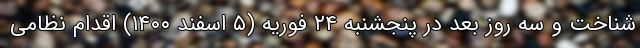
شناخت و سه روز بعد در پنجشنبه ۲۴ فوریه (۵ اسفند ۱۴۰۰) اقدام نظامی